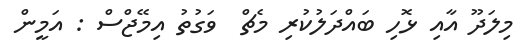
މިލަދޫ އާއި ޅޮހި ބައްދަލުކުރި މެޗް  ވަގުތު އިމޭޖްސް : އަމީން